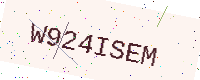
Text: W924ISEM